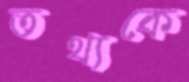
তথ্যকে